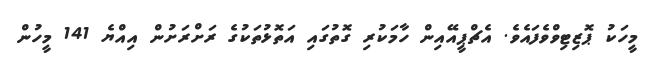
މީހަކު ޕޮޒިޓިވްވެފައެވެ. އެޗްޕީއޭއިން ހާމަކުރި ގޮތުގައި އަތޮޅުތަކުގެ ރަށްރަށުން އިއްޔެ 141 މީހުން